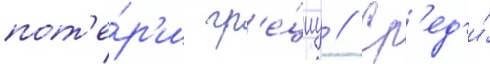
пот'е́р'и гр'е́циу // Ср'ед'и́